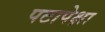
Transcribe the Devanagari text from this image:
पटापेक्षा